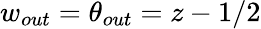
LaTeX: w_{out}=\theta_{out}=z-1/2